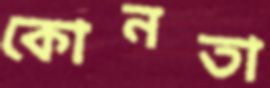
কোনতা